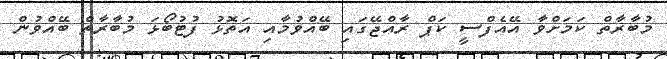
މުބާރާތް ކަމަށްވާ އޭއެފްސީ ކަޕް ރާއްޖޭގައި ބޭއްވުމާއި އަތޮޅު ފުޓުބޯޅަ މުބާރާތް ބޭއްވުން